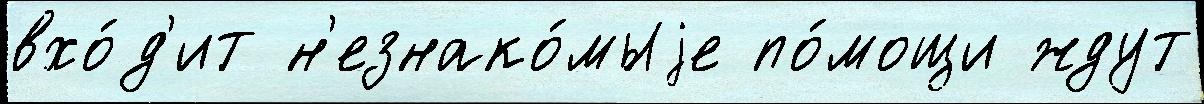
вхо́д'ит н'езнако́мыjе по́мощи ждут